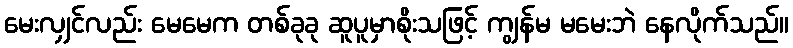
မေးလျှင်လည်း မေမေက တစ်ခုခု ဆူပူမှာစိုးသဖြင့် ကျွန်မ မမေးဘဲ နေလိုက်သည်။